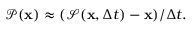
\begin{array} { r } { \mathcal { P } ( \mathbf { x } ) \approx ( \mathcal { S } ( \mathbf { x } , \Delta t ) - \mathbf { x } ) / \Delta t . } \end{array}